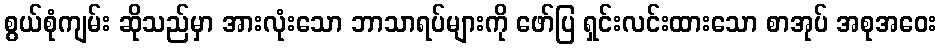
စွယ်စုံကျမ်း ဆိုသည်မှာ အားလုံးသော ဘာသာရပ်များကို ဖော်ပြ ရှင်းလင်းထားသော စာအုပ် အစုအဝေး